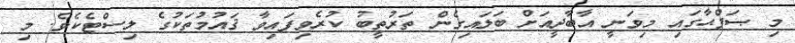
މި ޞަފްޙާގައި މިވަނީ އާބާދީއަށް ބަލައިގެން ތަރުތީބު ކުރެވިފައިވާ ޤައުމުތަކުގެ ލިސްޓެކެވެ. މި